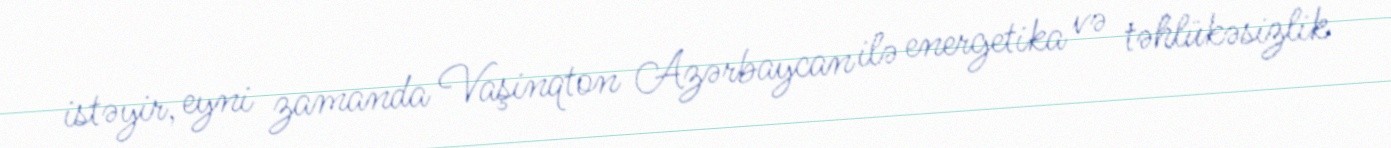
istəyir, eyni zamanda Vaşinqton Azərbaycan ilə energetika və təhlükəsizlik